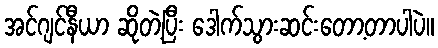
အင်ဂျင်နီယာ ဆိုတဲ့ပြီး ဒေါက်သွားဆင်းတော့တာပါပဲ။